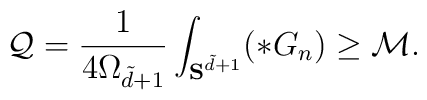
\mathcal{Q}=\frac{1}{4\Omega_{\tilde{d}+1}}\int_{ {\bf S}^{\tilde{d}+1}}  (*G_n)\ge \mathcal{M}.